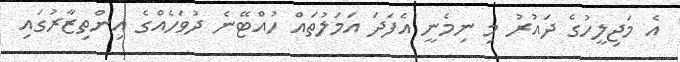
އެ މަޖިލީހުގެ ދައުރު މި ނިމެނީ އެފަދަ އަމަލުތައް ހުއްޓޭނެ ދުވަހެއްގެ އިންތިޒާރުގައި